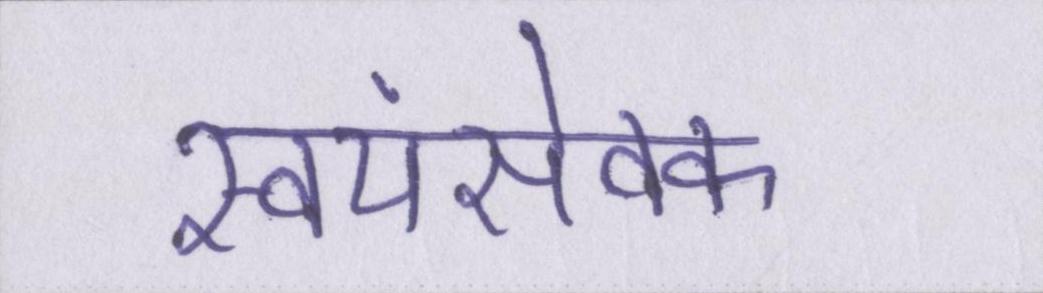
स्वयंसेवक